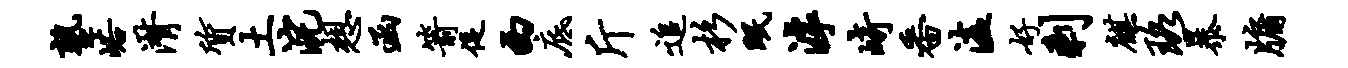
塾峪潸质土浣想函箭促西底斤追杉眠滹崎番溘好剩麒珞暴牖